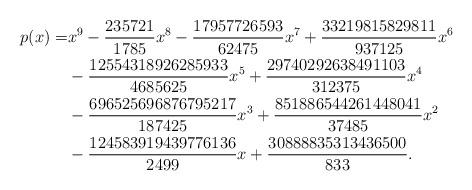
LaTeX: \begin{align*}p(x)=&x^9-\frac{235721}{1785}x^8-\frac{17957726593}{62475}x^7+\frac{33219815829811}{937125}x^6 \\&-\frac{12554318926285933}{4685625}x^5+\frac{29740292638491103}{312375}x^4 \\&-\frac{696525696876795217}{187425}x^3+\frac{851886544261448041}{37485}x^2 \\&-\frac{124583919439776136}{2499}x+\frac{30888835313436500}{833}.\end{align*}